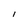
Character: l